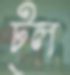
ট্ল